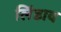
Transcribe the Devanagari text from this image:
लिंडाव